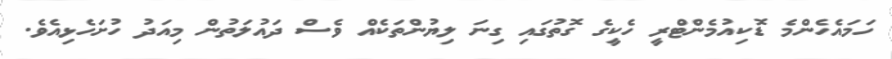
ހަމައެހެންމެ ޑޮކިއުމެންޓްރީ ހެކީގެ ގޮތުގައި ގިނަ ލިޔުންތަކެއް ވެސް ދައުލަތުން މިއަދު ހުށަހެޅިއެވެ.